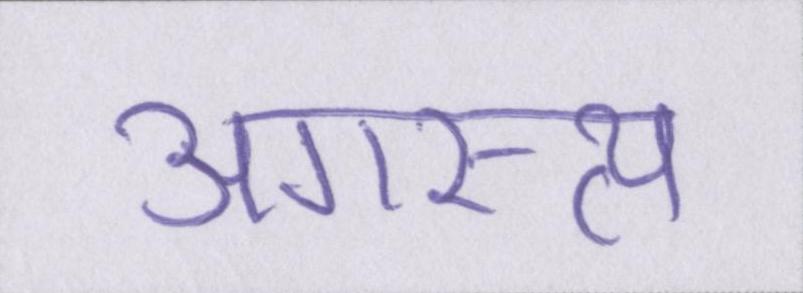
अगस्त्य